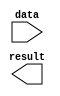
module generate_for_loop (
   input wire [7:0] data,
   output wire [7:0] result
);

genvar i;

generate
   for (i = 0; i < 8; i = i + 1) begin : loop
      // Specify behavior to repeat here
      // For example:
      // result[i] = data[i] + 1;

   end
endgenerate

endmodule